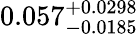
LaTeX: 0.057_{-0.0185}^{+0.0298}